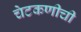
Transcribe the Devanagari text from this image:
चेटकणीची